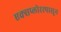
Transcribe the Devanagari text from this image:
एक्सप्लोररपासून